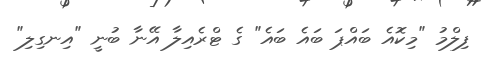
ފިލްމު "މިކޮއެ ބައްޕަ ބައެ ބައެ" ގެ ޓްރެއިލާ އޭނާ ބުނީ "އިނގިލި"